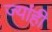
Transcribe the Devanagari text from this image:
ज्यांही